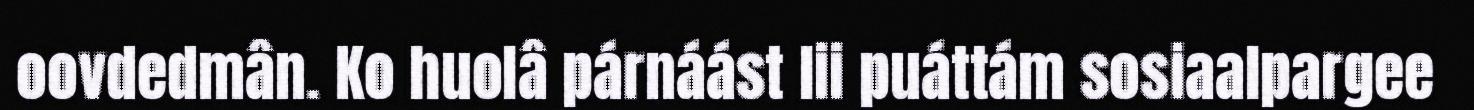
oovdedmân. Ko huolâ párnáást lii puáttám sosiaalpargee